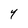
Character: Y